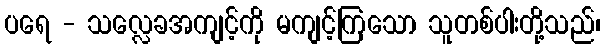
ပရေ - သလ္လေခအကျင့်ကို မကျင့်ကြသော သူတစ်ပါးတို့သည်၊